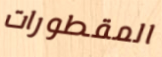
المقطورات